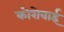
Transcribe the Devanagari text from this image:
कोरोवाई